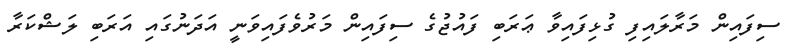
ސިފައިން މަރާލައިފި ގުޅިފައިވާ ޢަރަބި ފައުޖުގެ ސިފައިން މަރުވެފައިވަނީ އަދަނުގައި އަރަބި ލަޝްކަރާ